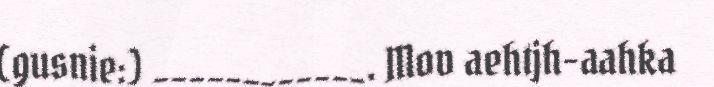
(gusnie:) ____________. Mov aehtjh-aahka